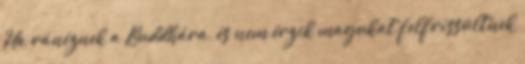
Ha ránéznek a Buddhára, és nem érzik magukat felfrissültnek